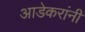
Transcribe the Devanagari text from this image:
आडेकरांनी